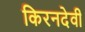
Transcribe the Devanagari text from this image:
किरनदेवी